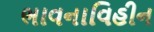
ભાવનાવિહીન